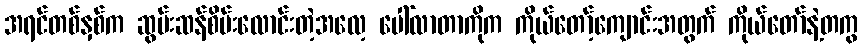
အရင်တစ်နှစ်က ဆွမ်းဆန်စိမ်းလောင်းတဲ့အလေ့ ပေါ်လာတာကိုက ကိုယ်တော့်ကျောင်းအတွက် ကိုယ်တော်နဲ့တကွ